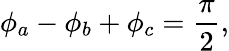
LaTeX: \phi_{a}-\phi_{b}+\phi_{c}=\frac{\pi}{2},